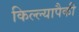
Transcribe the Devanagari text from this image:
किल्ल्यापैकी